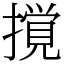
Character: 撹